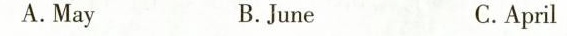
A.May B.June C.April